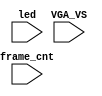
/*  This file is part of JTFRAME.
    JTFRAME program is free software: you can redistribute it and/or modify
    it under the terms of the GNU General Public License as published by
    the Free Software Foundation, either version 3 of the License, or
    (at your option) any later version.

    JTFRAME program is distributed in the hope that it will be useful,
    but WITHOUT ANY WARRANTY; without even the implied warranty of
    MERCHANTABILITY or FITNESS FOR A PARTICULAR PURPOSE.  See the
    GNU General Public License for more details.

    You should have received a copy of the GNU General Public License
    along with JTFRAME. If not, see <http://www.gnu.org/licenses/>.

    Author: Jose Tejada Gomez. Twitter: @topapate
    Version: 1.0
    Date: 20-8-2020 */

`timescale 1ns/1ps

module mist_dump(
    input           VGA_VS,
    input           led,
    input   [31:0]  frame_cnt
);

`ifdef DUMP
`ifndef NCVERILOG // iVerilog:
    initial begin
        `ifdef IVERILOG
            $dumpfile("test.lxt");
        `else
            $dumpfile("test.vcd");
        `endif
    end
`ifdef DUMP_START
    initial $display("Dumping will start at frame %0d", `DUMP_START);
    always @(negedge VGA_VS) if( frame_cnt==`DUMP_START ) begin
`else
    initial begin
`endif
        `ifdef DEEPDUMP
            $display("Dumping all signals");
            $dumpvars(0,mist_test);
        `else
            $display("Dumping selected signals");
            `ifndef NOMAIN
                $dumpvars(1,mist_test.UUT.u_game.u_main);
            `endif
            `ifndef NOSOUND
                $dumpvars(1,mist_test.UUT.u_game.u_sound);
            `endif
            $dumpvars(1,mist_test.UUT.u_game.u_sdram);
            $dumpvars(1,mist_test.UUT.u_game.u_sdram.u_dwnld);
            `ifndef NOVIDEO
                $dumpvars(1,mist_test.UUT.u_game.u_video);
            `endif
            $dumpvars(1,mist_test.frame_cnt);
        `endif
        $dumpon;
    end
`else // NCVERILOG
    `ifdef DUMP_START
    always @(negedge VGA_VS) if( frame_cnt==`DUMP_START ) begin
    `else
    initial begin
    `endif
        $shm_open("test.shm");
        `ifdef DEEPDUMP
            $display("NC Verilog: will dump all signals");
            $shm_probe(mist_test,"AS");
        `else
            $display("NC Verilog: will dump selected signals");
            $shm_probe(frame_cnt);
            $shm_probe(UUT.u_game,"A");
            $shm_probe(UUT.u_game.u_main,"A");
            $shm_probe(UUT.u_game.u_sdram,"A");
            $shm_probe(UUT.u_game.u_sdram.u_dwnld,"A");
            // $shm_probe(UUT.u_game.u_sound,"A");
            // $shm_probe(UUT.u_game.u_video,"A");
        `endif
    end
`endif
`endif

endmodule // mist_dump